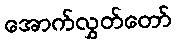
အောက်လွှတ်တော်